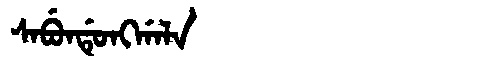
Manchu: ᠰᠠᠪᡠᠨᡩᡠᠩᡤᠠᠯᠠ
Romanization: SABUNDUNGGALA